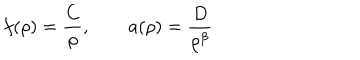
f ( \rho ) = \frac { C } { \rho } , \qquad a ( \rho ) = \frac { D } { \rho ^ { \beta } }